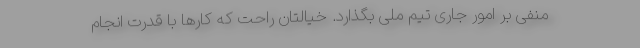
منفی بر امور جاری تیم ملی بگذارد. خیالتان راحت که کارها با قدرت انجام